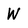
Character: w